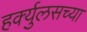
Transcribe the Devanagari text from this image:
हर्क्युलसच्या